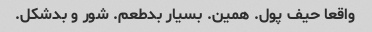
واقعا حیف پول. همین. بسیار بدطعم. شور و بدشکل.